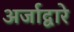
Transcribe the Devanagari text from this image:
अर्जाद्वारे